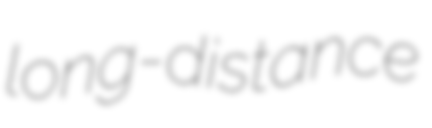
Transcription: long-distance